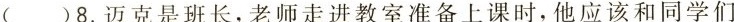
( )8.迈克是班长,老师走进教室准备上课时,他应该和同学们